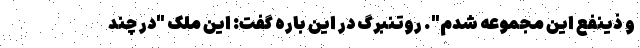
و ذینفع این مجموعه شدم". روتنبرگ در این باره گفت: این ملک "در چند